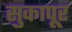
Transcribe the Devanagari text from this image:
सुकापूर